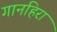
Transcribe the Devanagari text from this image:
गानहिरा